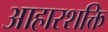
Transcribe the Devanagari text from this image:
आहारशक्ति